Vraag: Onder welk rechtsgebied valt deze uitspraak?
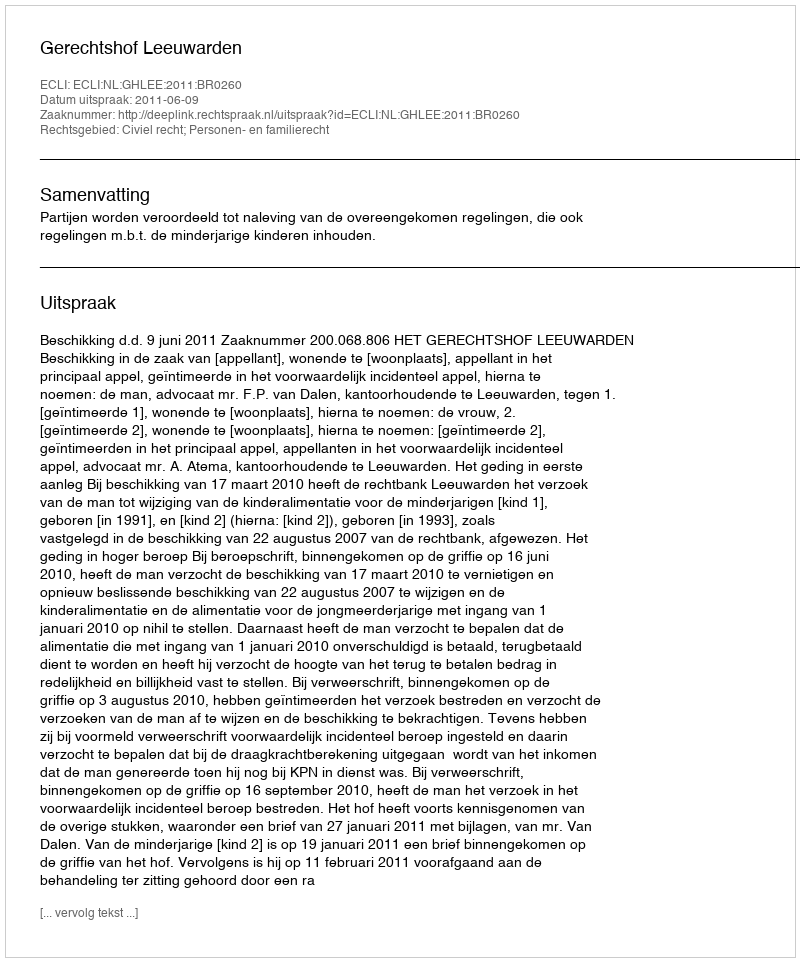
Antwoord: Civiel recht; Personen- en familierecht